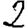
Digit: 2